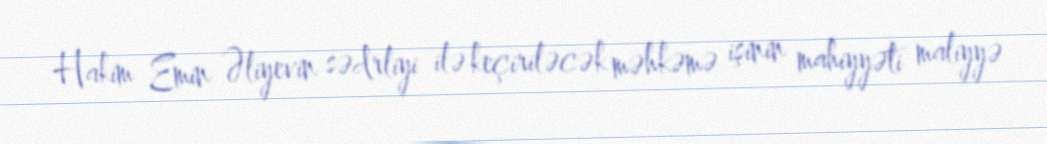
Hakim Emin Əliyevin sədrliyi ilə keçiriləcək məhkəmə işinin mahiyyəti maliyyə